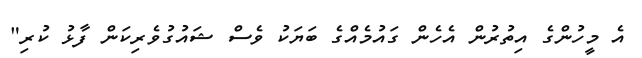
އެ މީހުންގެ އިތުރުން އެހެން ގައުމެއްގެ ބަޔަކު ވެސް ޝައުގުވެރިކަން ފާޅު ކުރި"